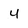
Character: 4